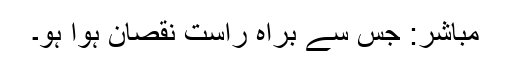
مباشر: جس سے براہ راست نقصان ہوا ہو۔